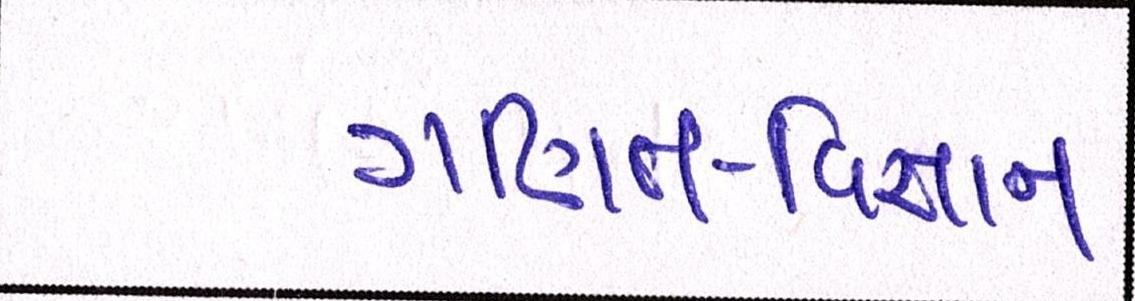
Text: ગણિત-વિજ્ઞાન